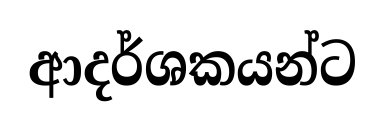
ආදර්ශකයන්ට